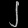
Digit: ၂